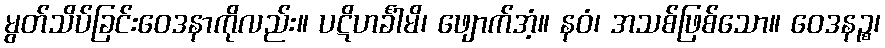
မွတ်သိပ်ခြင်းဝေဒနာကိုလည်း။ ပဋိဟင်္ခါမိ၊ ဖျောက်အံ့။ နဝံ၊ အသစ်ဖြစ်သော။ ဝေဒနဉ္စ၊